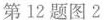
第12题图2